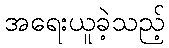
အရေးယူခဲ့သည့်